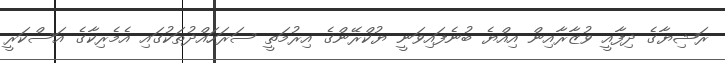
ރަޝިޔާގެ ދިފާއީ ވުޒާރާއިން އިއްޔެ ބުނެފައިވަނީ ޔުކްރޭންގެ އިރުމަތީ ސަރަހައްދުތަކުގައި އެމެރިކާގެ އަސްކަރީ